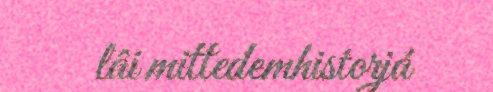
lâi mittedemhistorjá